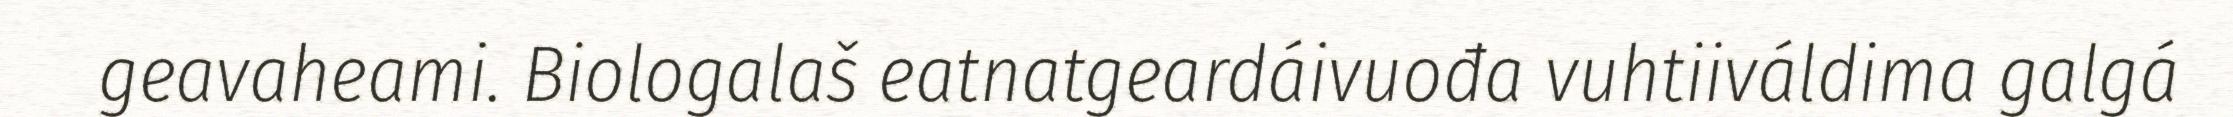
geavaheami. Biologalaš eatnatgeardáivuođa vuhtiiváldima galgá